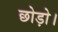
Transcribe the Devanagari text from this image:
छोड़ो।